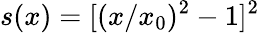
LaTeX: s(x)=[(x/x_{0})^{2}-1]^{2}